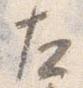
左